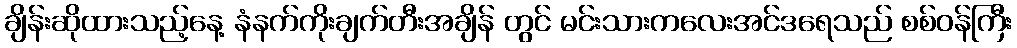
ချိန်းဆိုထားသည့်နေ့ နံနက်ကိုးချက်တီးအချိန် တွင် မင်းသားကလေးအင်ဒရေသည် စစ်ဝန်ကြီး